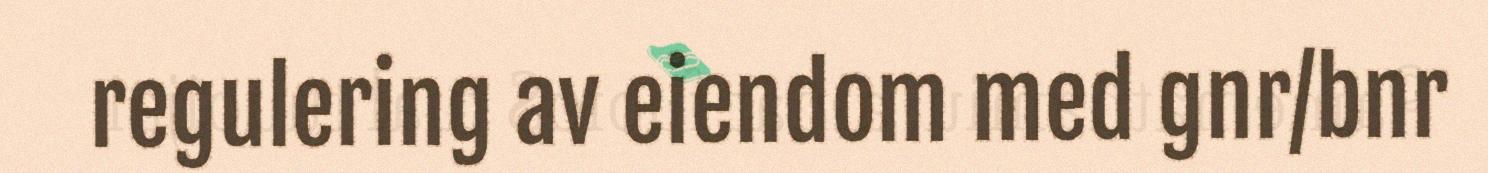
regulering av eiendom med gnr/bnr